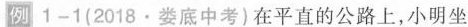
例 1-1(2018·娄底中考)在平直的公路上，小明坐